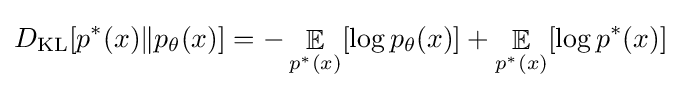
D_{\text{KL}}[p^{*}(x)\|p_{\theta }(x)]=-\mathop {\mathbb {E} } _{p^{*}(x)}[\log p_{\theta }(x)]+\mathop {\mathbb {E} } _{p^{*}(x)}[\log p^{*}(x)]